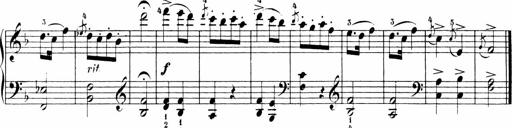
Title: Sonatinen Op.47, 98 und 136, nebst 6 Liedersonatinen
Composer: Carl Reinecke